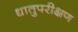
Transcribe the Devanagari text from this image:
धातुपरीक्षण